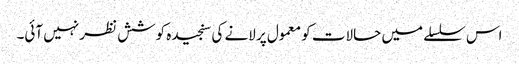
اس سلسلے میں حالات کو معمول پر لانے کی سنجیدہ کوشش نظر نہیں آئی۔